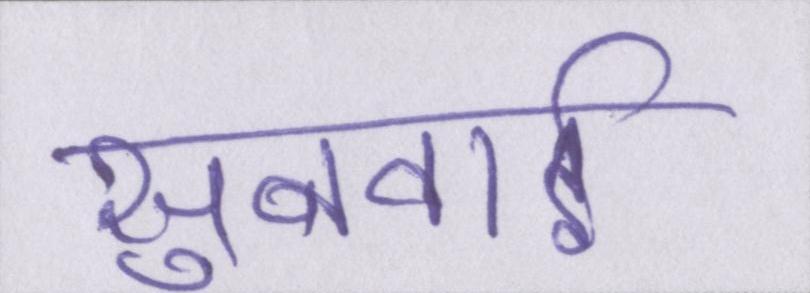
सुनवाई